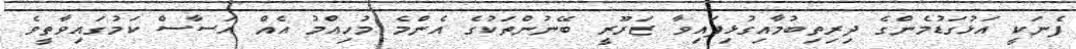
ފެނަކީ އަޅުގަޑުމެންގެ ދިރިތިބުމާއިގުޅިފައިވާ ޒަރޫރީ ބޭނުންތަކުގެ އެންމެ މުހިއްމު އެއް އަސާސް ކަމުގައިވާތީވެ